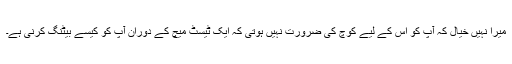
میرا نہیں خیال کہ آپ کو اس کے لیے کوچ کی ضرورت نہیں ہوتی کہ ایک ٹیسٹ میچ کے دوران آپ کو کیسے بیٹنگ کرنی ہے۔